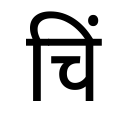
OCR:
चिं